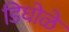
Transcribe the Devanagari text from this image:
डिघोळे